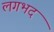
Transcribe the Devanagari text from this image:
लगभद